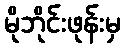
မိုဘိုင်းဖုန်းမှ